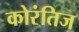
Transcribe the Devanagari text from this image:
कोरंतिज